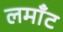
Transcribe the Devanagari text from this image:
लमाँट